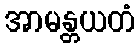
အာမန္တယတံ